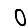
Digit: 0